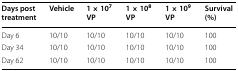
| Days post treatment | Vehicle | 1 × 107 VP | 1 × 108 VP | 1 × 109 VP | Survival (%) |
 | --- | --- | --- | --- | --- | --- |
 | Day 6 | 10/10 | 10/10 | 10/10 | 10/10 | 100 |
 | Day 34 | 10/10 | 10/10 | 10/10 | 10/10 | 100 |
 | Day 62 | 10/10 | 10/10 | 10/10 | 10/10 | 100 |